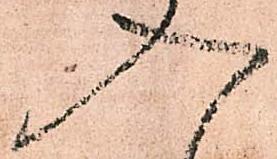
入